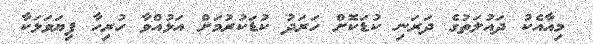
މިއާއެކު ދައުލަތުގެ ދަރަނި ކުޑަކޮށް ހަރަދު ކުޑަކުރުމަށް އަޅުއްވާ ހުރިހާ ފިޔަވަޅަކާ